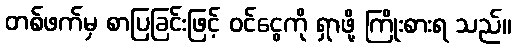
တစ်ဖက်မှ စာပြခြင်းဖြင့် ဝင်ငွေကို ရှာဖို့ ကြိုးစားရ သည်။